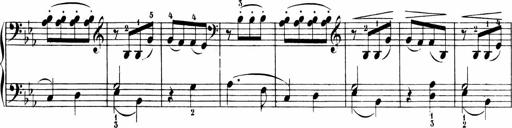
Title: 6 Sonatinas
Composer: Carl Reinecke